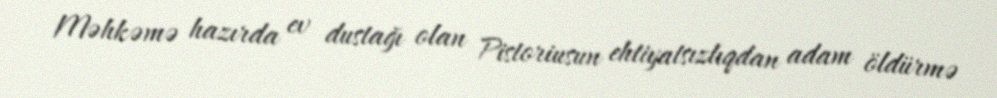
Məhkəmə hazırda ev dustağı olan Pistoriusun ehtiyatsızlıqdan adam öldürmə